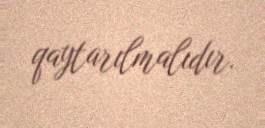
qaytarılmalıdır.